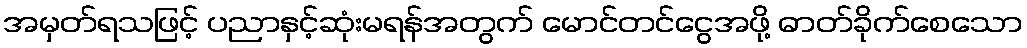
အမှတ်ရသဖြင့် ပညာနှင့်ဆုံးမရန်အတွက် မောင်တင်ငွေအဖို့ ဓာတ်ခိုက်စေသော